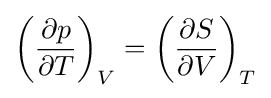
\left({\partial p \over \partial T}\right)_{V}=\left({\partial S \over \partial V}\right)_{T}